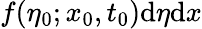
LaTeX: f(\eta_{0};x_{0},t_{0})\mathrm{d}\eta\mathrm{d}x